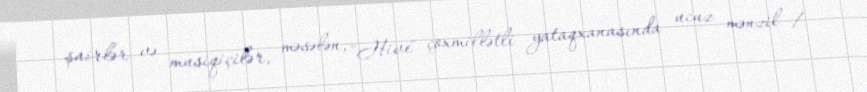
şairlər və musiqiçilər, məsələn, "Hive" çoxmillətli yataqxanasında ucuz mənzil /